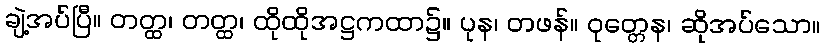
ချဲ့အပ်ပြီ။ တတ္ထ၊ တတ္ထ၊ ထိုထိုအဋ္ဌကထာ၌။ ပုန၊ တဖန်။ ဝုတ္တေန၊ ဆိုအပ်သော။